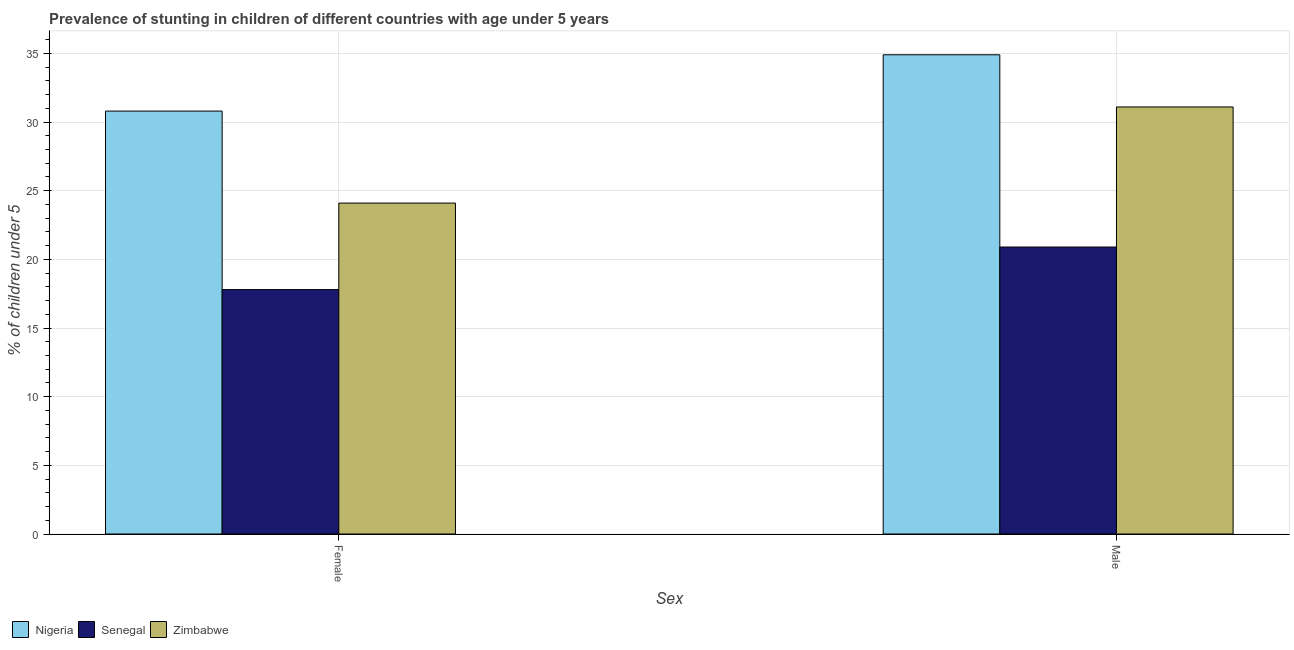
| Sex | Nigeria | Senegal | Zimbabwe |
 | --- | --- | --- | --- |
 | Female | 30.8 | 17.8 | 24.1 |
 | Male | 34.9 | 20.9 | 31.1 |